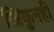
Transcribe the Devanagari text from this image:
जिंकुनही